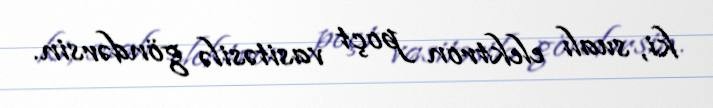
ki, sualı elektron poçt vasitəsilə göndərsin.